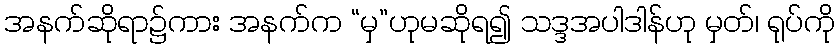
အနက်ဆိုရာ၌ကား အနက်က “မှ”ဟုမဆိုရ၍ သဒ္ဒအပါဒါန်ဟု မှတ်၊ ရုပ်ကို